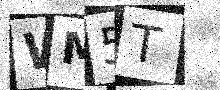
Text: WM5T